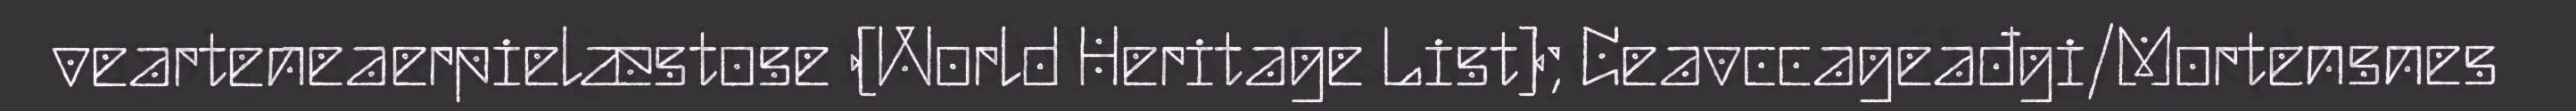
vearteneaerpielæstose (World Heritage List); Ceavccageađgi/Mortensnes